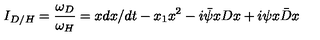
I _ { D / H } = \frac { \omega _ { D } } { \omega _ { H } } = x d x / d t - x _ { 1 } x ^ { 2 } - i \bar { \psi } x D x + i \psi x \bar { D } x